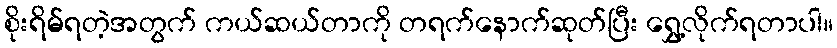
စိုးရိမ်ရတဲ့အတွက် ကယ်ဆယ်တာကို တရက်နောက်ဆုတ်ပြီး ရွှေ့လိုက်ရတာပါ။